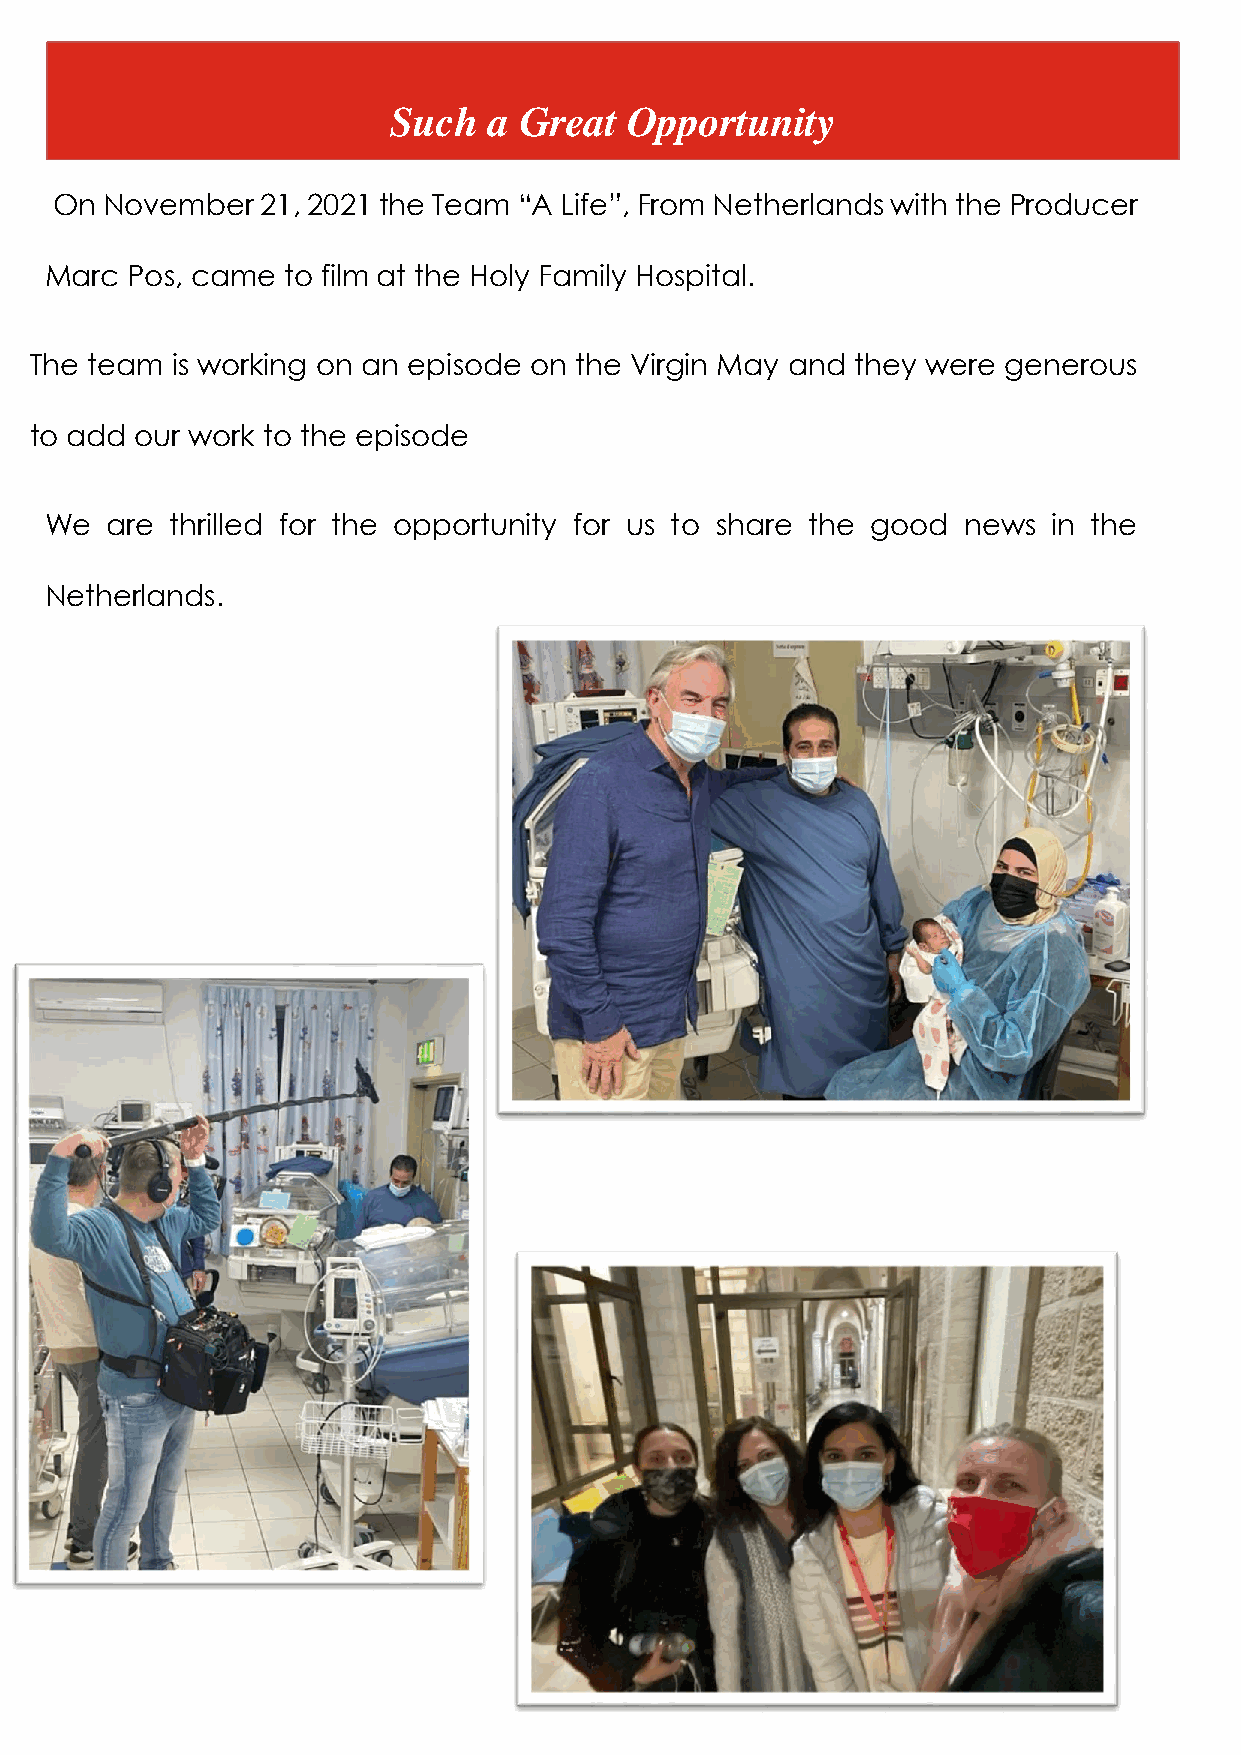
Such  a Great  Opportunity
 On  November  21, 2021 the Team “A Life”, From Netherlands with the Producer
 Marc Pos, came  to film at the Holy Family Hospital.
 The team is working on an episode on the Virgin May and they were generous
 to add our work to the episode
 We  are thrilled for the opportunity for us to share the good news in the
 Netherlands.